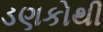
ડણકોથી